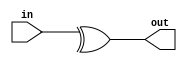
module XOR2_1 #(parameter SIZE = 2) (input [SIZE-1:0] in, output out);
assign out = ^in;
endmodule